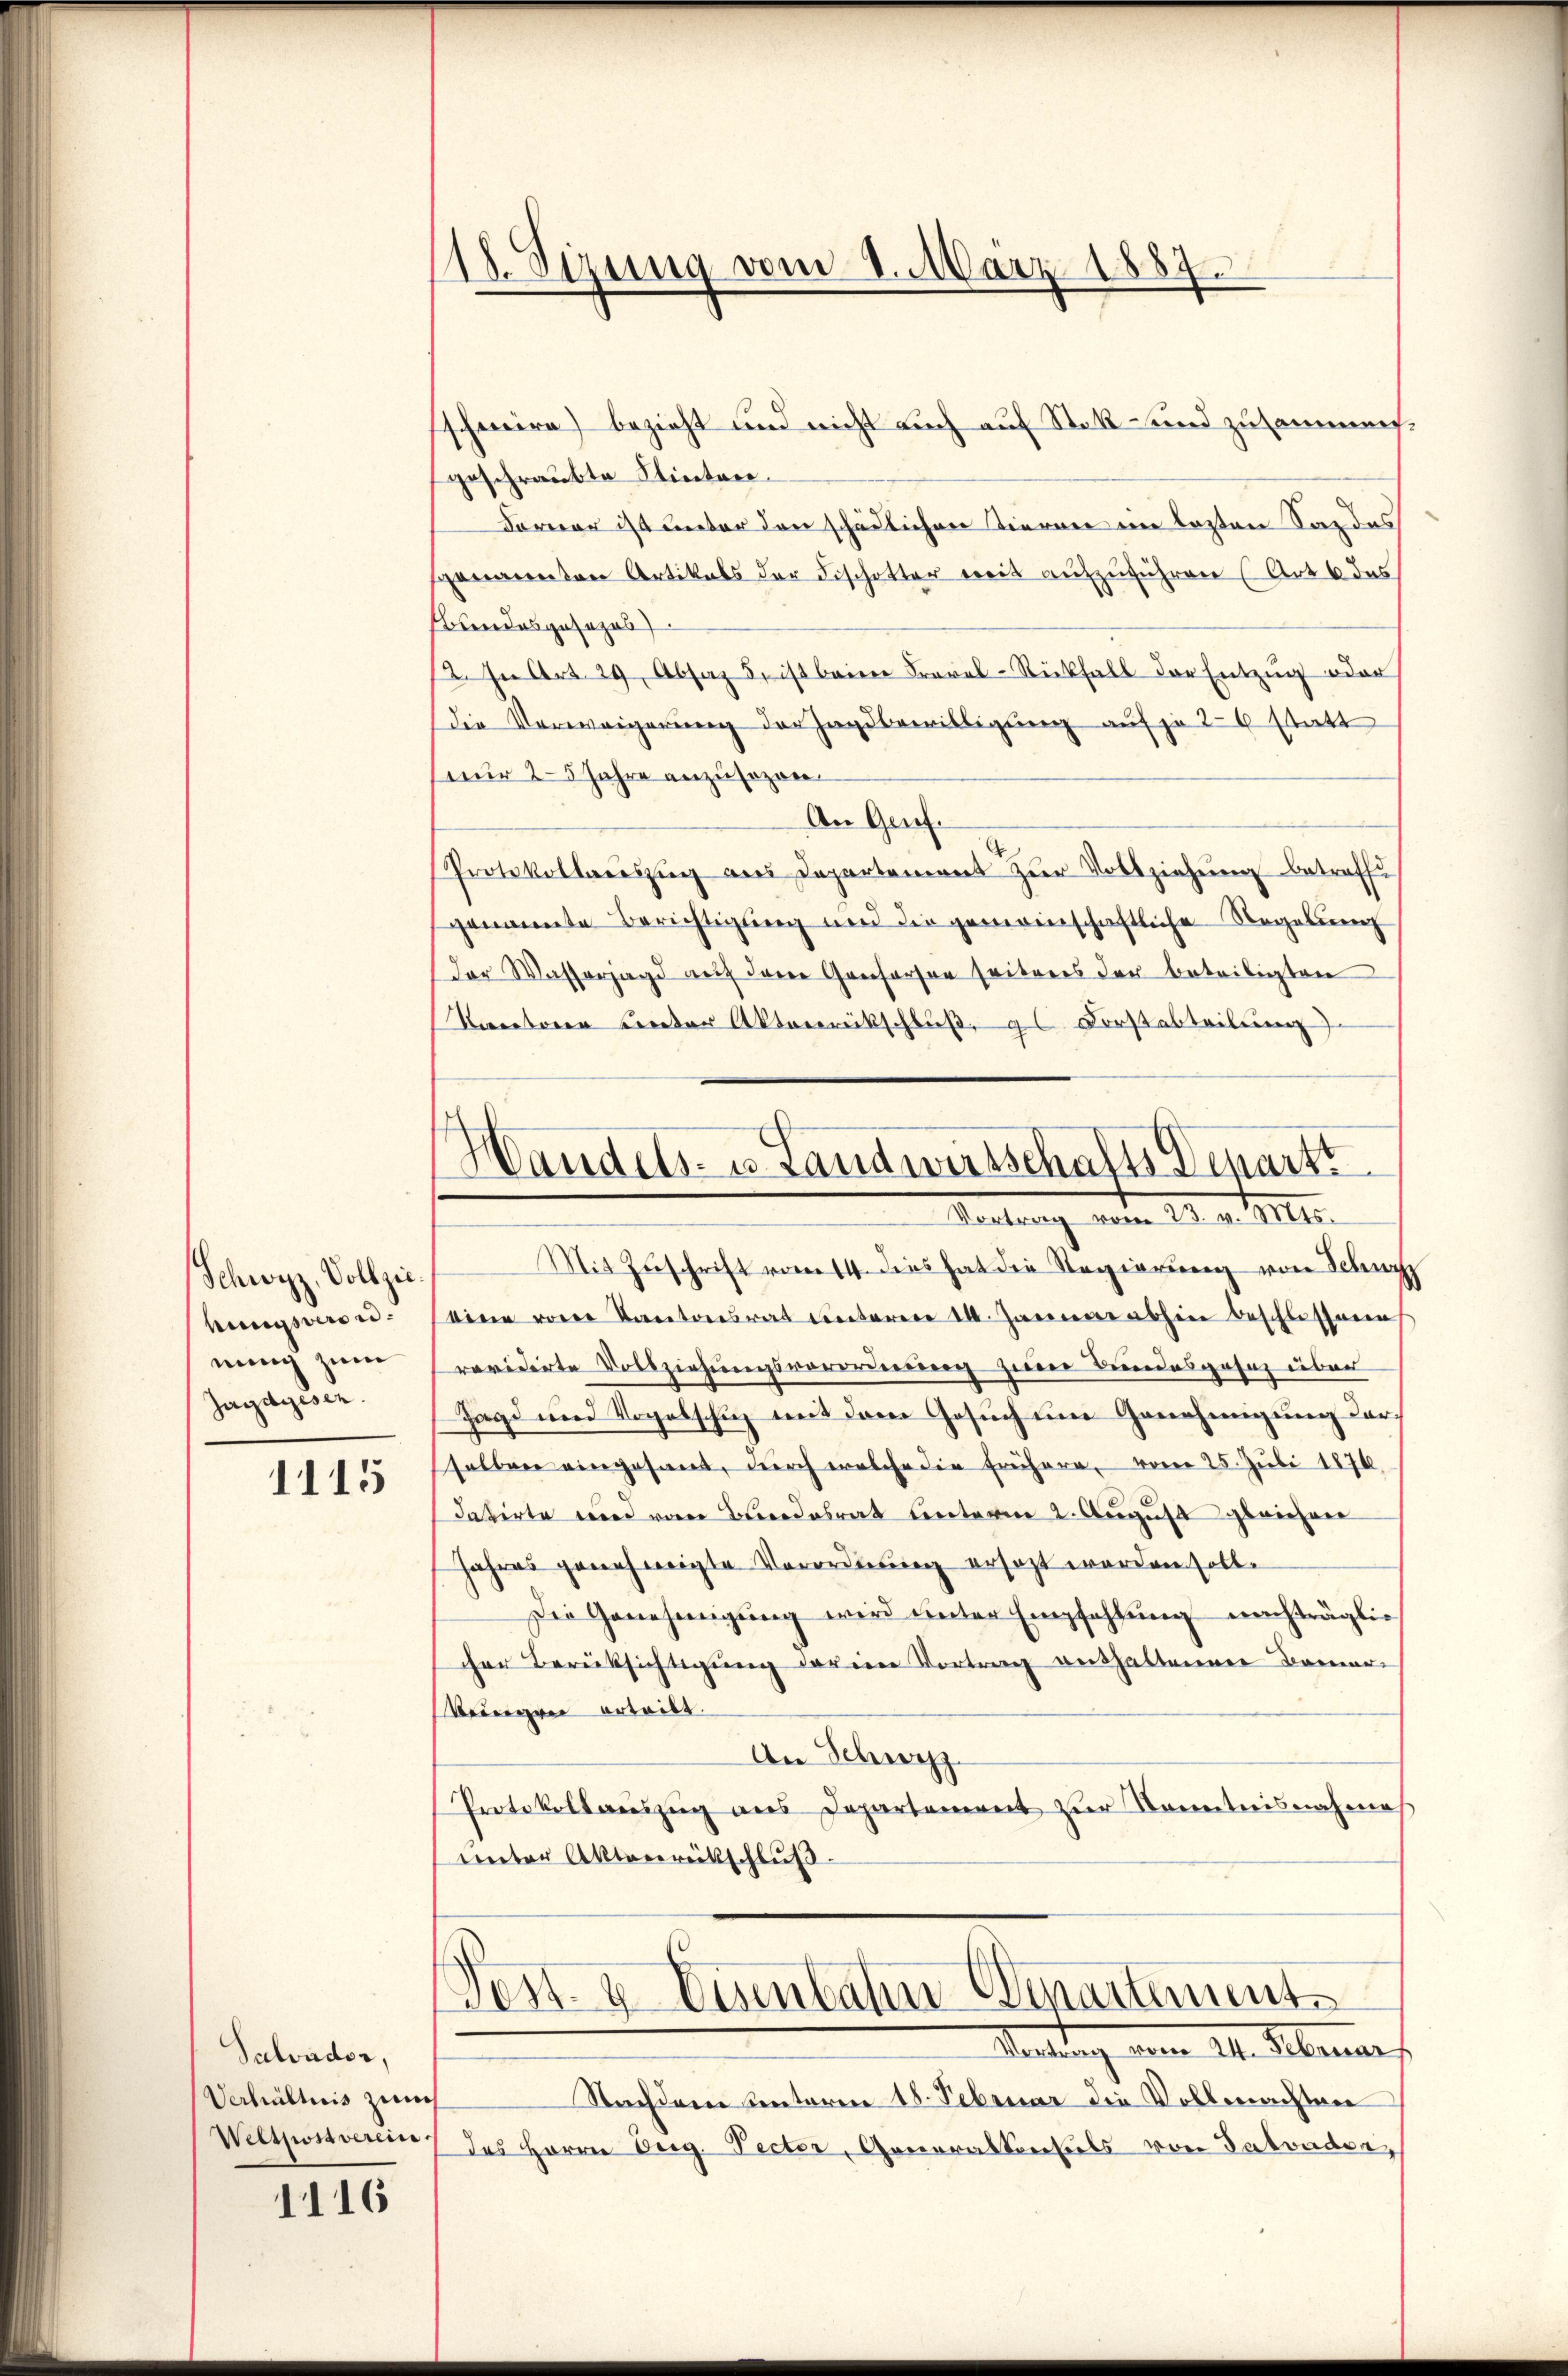
Schwyz, Vollziehungsversu
nung zum
Jagdgesen.

1115

Salvidor,
Verhältnis zum
Welspost verein.

1116

18. Sizung vom 1. März 1887.

Handels- u. Landwirtschafts Depart
29. v. M.

schweire) bezieht und nicht auch auf Stek- und zusammen.
geschraubte Stierten.
Forner ist unter den schädlichen Tieren im lezten Sandes
sgenannten Artikals der Fischotter mit aufzuführen (Art. 6 das
Bundesgesezes
12. In Art. 29. Absaz 5. ist beim Freval-Rückfall der Entzug oder
die Verweigerung der Jagdbewilligung auf je 20 statt
nur 25 Jahre anzusozon¬
An Grief.
Protokollauszug aus Departement zur Vollziehung betroffe
genannte Berichtigung und die gemeinschaftliche Regelung
der Wasserjagd auf den Genferen seiteres der beteiligten
Kantonen unter Aktenrückschluß gl. Forstabteilung)
Mit Zuschrift vom 14. dies hat die Regierung von Schwyz
binie von Kantonsrat unteren 10. Januar abhin beschlossene
revidirte Vollziehungsverordnung zum Bundesgesetz über
Jagd und Vogelschuz mit dem Gesuch um Genehmigung der
selben eingesant, durch welche die frühere, vom 25. Juli 1876
datirte und vom Bundesrat unterm 2. August gleichen
Jahres genehmigte Verordnung ersezt worden solle
Die Genehmigŭng wird unter Empfehlŭng nachträglic
cher Berüksichtigung der in Vortrag verthaltenen Kameri
Weigen erteilt.
An Schweiz
Protokollauszug aus Departement zur Kenntnisnahmes
unter Aktenrückschluß.
Post. g Einbahn Winartement
Wachtung vom 14. Februars
Nachdem Centoren 18. Februar die Vollmachten
des Herrn Beg. Pector, Generalkonsuls von Tatvader,